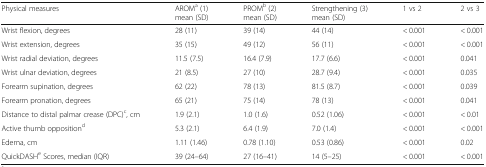
<table><thead><tr><td><b>Physical measures</b></td><td><b>AROM<sup>a</sup> (1) mean (SD)</b></td><td><b>PROM<sup>b</sup> (2) mean (SD)</b></td><td><b>Strengthening (3) mean (SD)</b></td><td><b>1 vs 2</b></td><td><b>2 vs 3</b></td></tr></thead><tbody><tr><td>Wrist flexion, degrees</td><td>28 (11)</td><td>39 (14)</td><td>44 (14)</td><td>&lt; 0.001</td><td>&lt; 0.001</td></tr><tr><td>Wrist extension, degrees</td><td>35 (15)</td><td>49 (12)</td><td>56 (11)</td><td>&lt; 0.001</td><td>&lt; 0.001</td></tr><tr><td>Wrist radial deviation, degrees</td><td>11.5 (7.5)</td><td>16.4 (7.9)</td><td>17.7 (6.6)</td><td>&lt; 0.001</td><td>0.041</td></tr><tr><td>Wrist ulnar deviation, degrees</td><td>21 (8.5)</td><td>27 (10)</td><td>28.7 (9.4)</td><td>&lt; 0.001</td><td>0.035</td></tr><tr><td>Forearm supination, degrees</td><td>62 (22)</td><td>78 (13)</td><td>81.5 (8.7)</td><td>&lt; 0.001</td><td>0.039</td></tr><tr><td>Forearm pronation, degrees</td><td>65 (21)</td><td>75 (14)</td><td>78 (13)</td><td>&lt; 0.001</td><td>0.041</td></tr><tr><td>Distance to distal palmar crease (DPC)<sup>c</sup>, cm</td><td>1.9 (2.1)</td><td>1.0 (1.6)</td><td>0.52 (1.06)</td><td>&lt; 0.001</td><td>&lt; 0.01</td></tr><tr><td>Active thumb opposition<sup>d</sup></td><td>5.3 (2.1)</td><td>6.4 (1.9)</td><td>7.0 (1.4)</td><td>&lt; 0.001</td><td>&lt; 0.001</td></tr><tr><td>Edema, cm</td><td>1.11 (1.46)</td><td>0.78 (1.10)</td><td>0.53 (0.86)</td><td>&lt; 0.001</td><td>0.02</td></tr><tr><td>QuickDASH<sup>e</sup> Scores, median (IQR)</td><td>39 (24–64)</td><td>27 (16–41)</td><td>14 (5–25)</td><td>&lt; 0.001</td><td>&lt; 0.001</td></tr></tbody></table>